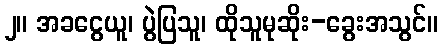
၂။ အခငွေယူ၊ ပွဲပြသူ၊ ထိုသူမုဆိုး-ခွေးအသွင်။